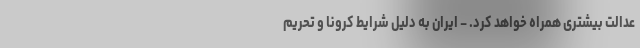
عدالت بیشتری همراه خواهد کرد. – ایران به دلیل شرایط کرونا و تحریم